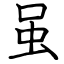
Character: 虽